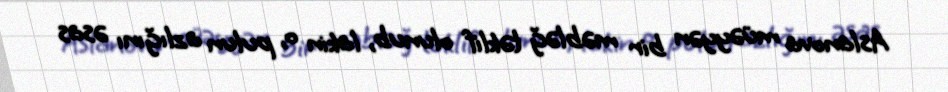
Aslanova müəyyən bir məbləğ təklif olunub, lakin o, pulun azlığını əsas